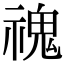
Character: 𩲡